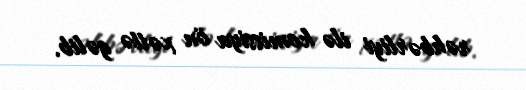
rəhbərliyi ilə komissiya ön xəttə gəlib.